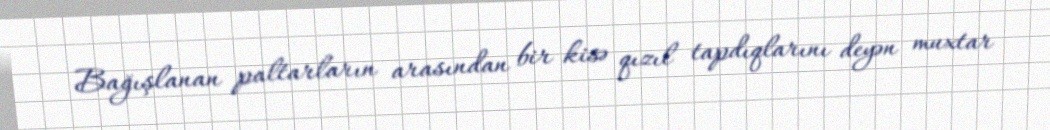
Bağışlanan paltarların arasından bir kisə qızıl tapdıqlarını deyən muxtar